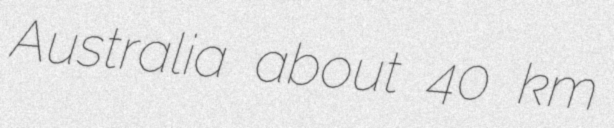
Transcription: Australia about 40 km